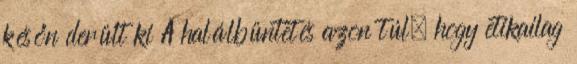
későn derült ki A halálbüntetés azon túl, hogy etikailag